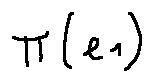
\pi ( e _ { 1 } )